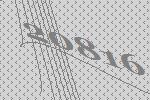
20816